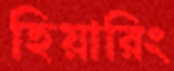
হিয়ারিং